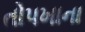
તોપખાના